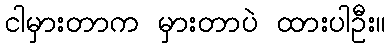
ငါမှားတာက မှားတာပဲ ထားပါဦး။